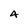
Character: 4